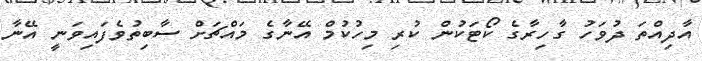
އާދިއްތަ ދުވަހު ގާހިރާގެ ކޯޓަކުން ކުރި މިހުކުމް އޭނާގެ މައްޗަށް ސާބިތުވެފައިވަނީ އޭނާ